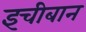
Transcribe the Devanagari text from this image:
इचीबान